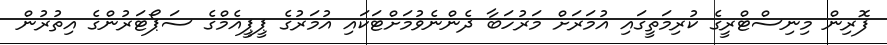
ފޮރިން މިނިސްޓްރީގެ ކުރިމަތީގައި އުމަރަށް މަރުހަބާ ދެންނެވުމަށްޓަކައި އުމަރުގެ ޕީޕީއެމްގެ ސަޕޯޓަރުންގެ އިތުރުން